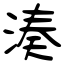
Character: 湊